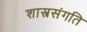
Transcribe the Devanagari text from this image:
शास्त्रसंगति